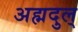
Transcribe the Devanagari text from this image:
अह्मदुल्